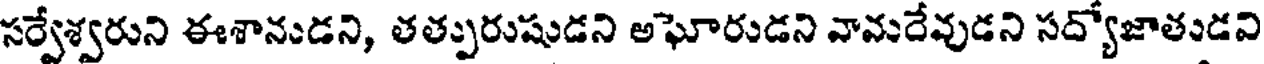
సర్వేశ్వరుని ఈశానుడని, తత్పురుషుడని అఘోరుడని వామరేవుడని సద్యోజాతుడవి